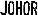
JOHOR